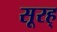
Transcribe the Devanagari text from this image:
सूरह्